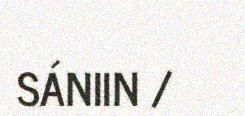
SÁNIIN /